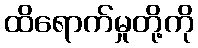
ထိရောက်မှုတို့ကို